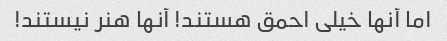
اما آنها خیلی احمق هستند! آنها هنر نیستند!